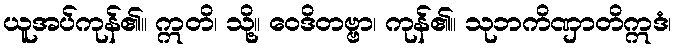
ယူအပ်ကုန်၏။ ဣတိ၊ သို့။ ဝေဒိတဗ္ဗာ၊ ကုန်၏။ သုဘကိဏှာတိဣဒံ၊